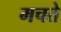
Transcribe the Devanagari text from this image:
मचते